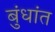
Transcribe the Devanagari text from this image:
बुंधांत